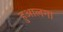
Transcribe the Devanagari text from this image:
हुआलगा